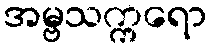
အမ္ဗသက္ကရော